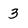
Character: 3